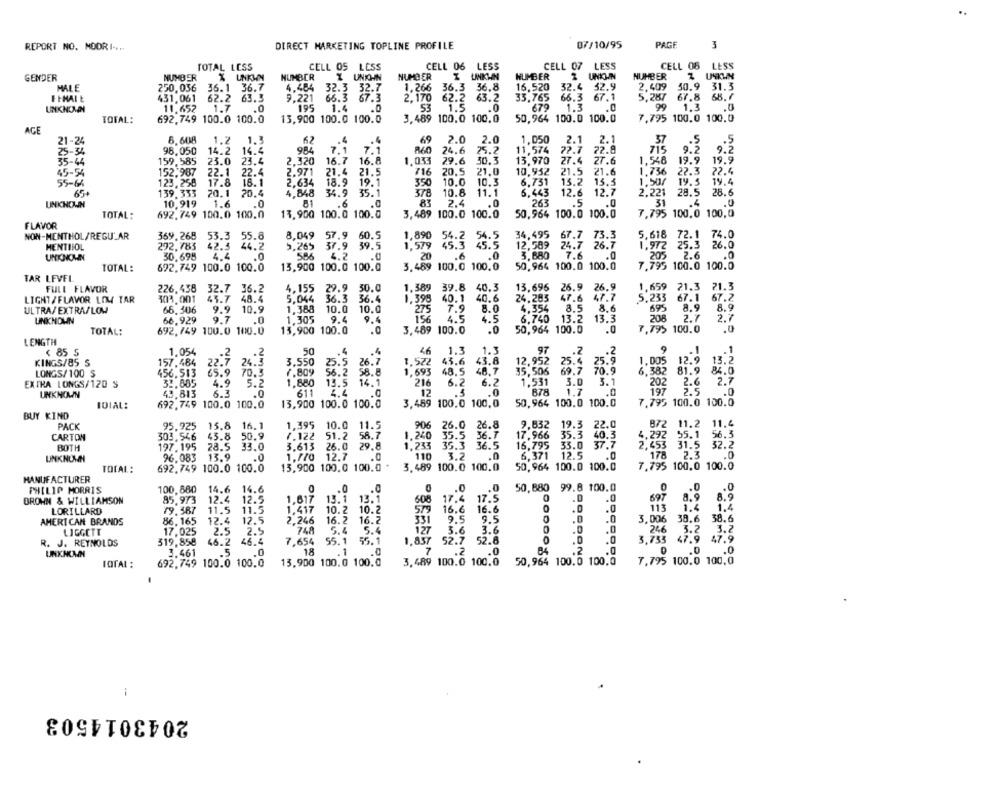
REPORT NO. MODRI+++
DIRECT MARKETING TOPLINE PROFILE
07/10/95
PAGE
3
TOTAL LESS
CELL 05 LESS
CELL 06 LESS
CELL 07 LESS
CELL 08 LESS
GENDER
NUMBER
X UNKWN
NUMBER
X UNION
NUMBER
I UNKHN
HUMBER
UNKIN
NUMBER
MALE
250,036
36.1 36.7
4.484
32.3 32.7
1.266 36.3 36.8
16.520
32.4 32.9
2,409 50.9 31.3
66.3 67.1
5.287 67.8
68.7
EIMAIL
431,061
62.2 63.3
9.221
66.3
67.3
2,170 62.2 63.2
33.765
UNKNOWN
11.652
1.7
.0
195
1.4
53
1.5
.0
679
1.3
.0
1.3
TOTAL:
692,749 100.0 100.0
13,900 100.0 100.0
3,489 100.0 100.0
50,964 100.0 100.0
7,795 100,0 100,0
AGE
21-24
8.608
1.2
1.3
62
69
2.0
2.0
1.050
2.1
2.1
98.050
14.2 14.4
984
7.1
860 24.6
25.2
11,574
72.7
72.8
715
9.2
25-34
5-44
159,585
23.0 23.4
2.320
16.7
16.8
1.033 29.6
30.3
13.970
27.4
27.6
1,546
19.9
19.9
5-54
152.987
22.1
22.4
2.971
21.4
21.5
716
20.5
21.0
10,952
21.5
21.6
1.736
22.3 22.4
55-64
123,258
17.8
16.1
2,634
18.9
19.1
350
10.0
10.3
6,731
15.2
15.5
1.50/
19.5
19.4
139.333
70.1
20.4
4.848
34.9
35.1
378
10.8
11.1
6,443
12.6
12.7
2,221 28.5 28.6
SWER
UNKNOWN
10.919
1.6
1.0
81
.. 6
83
2.4
.0
263
.5
.0
31
.4
.0
TOTAL:
692.749 100.0 100.0
13,900 100.0 100.0
3,489 100.0 100.0
50,964 100.0 100.0
7,795 100,0 100,0
FLAVOR
NON-MENTHOL/REGULAR
369.268
53.3 55.8
8,049
57.9 60.5
1,890 54.2 54.5
34,495 67.7 73.3
5,618 72.1 74.0
MENTIIOL
292.783
42.5
44.2
5.265
37.9
39.5
1,579 45.3 45.5
12,589
24.7
26.7
1.972 25.3
7.6
UNKNOWN
30.695
4.4
4.2
.0
20
.6
.0
3,680
1.0
2.6
.0
TOTAL:
692,749 100.0 100.0
13,900 100.0 100.0
3,489 100.0 100.0
50,964 100.0 100.0
7.795 100.0 100.0
TAR LEVEL
FULL FLAVOR
226.438 32.7 36.2
4,155 29.9 30.0
1.389 39.8 40.3
13,696 26.9
26.9
1,659 21.3 21.3
LIGHT / FLAVOR LOW TAR
303.001
43.7 48.4
5,044 36.3
36.4
1.398
40.1 40.6
24.283
47.6
47.7
5,233
67.1
67.2
66.306
9.9 10.9
1,388
10.0
10.0
275
7.9
8.0
4.354
8.5 8.6
695
8.9
8.9
ULTRA/EXTRA/LOM
13.2
208
UNKNOWN
66.929
9.7
.0
1.305 9.4
9.4
156
4.5
4.5
6.740
13.3
2.7
2.7
TOTAL:
692.749 100.0 100.0
13,900 100.0
.0
3,489 100.0
.0
50,964 100.0
7,795 100.0
.0
LENGTH
9
.1
< 85 5
1.054
.2
.2
50
.4
.4
46 1.3
1.3
97
.. 2
.. 2
.1
KINGS/85 S
157.484
22.7 24.3
3.550
25.5 26.7
1.522
43.6
43.8
12,952
25.4 25.9
1, 005
12.9
13.2
LONGS/100 S
456.513
65.9 70.3
7.809
56.2 58.8
1,693
48.5
48.7
35,506
69.7 70.9
6.382
81.9
84.0
216
1.531
$5.0
3.1
2.6
2.7
EXTRA LONGS/120 S
32,805
4.9
5.2
1,880
13.5 14.1
6.2
6.2
202
UNKNOWN
43.813
6.3
.0
611
1.4
12
.5
.0
678
1.7
.0
197
2.5
.0
IDIAL:
692.749 100.0 100.0
13,900 100.0 100.0
3,489 100.0 100,0
50.964 100.0 100.0
7.795 100.0 100.0
BUY KIND
PACK
95.925
15.8 16.1
1,395 10.0 11.5
906 26.0 26.8
9,532 19.3 22.0
872 11.2 11.4
CARTON
303,546
45.8 50.9
7.122 51.2 58.7
1.240
35.5
36.7
17.966
35.3 40.3
4,292 55.1 56.3
35.3
36.5
16,795
33.0 37.7
2,453 31.5
32.2
BOTH
197.195
28.5
33.0
3.613
26.0
29.8
1.233
LINKNUN
96.083 13.9
1.0
1,770 12.7
110
3.2
.0
6,371
12.5
.0
178
2.3
692.749 100.0 100.0
13,900 100.0 100.0 *
3,489 100.0 100.0
50,964 100.0 100.0
7,795 100,0 100.0
TOTAL:
MANUFACTURER
PHILIP MORRIS
100,880
14.6
14.6
.0
.0
_. 0
50,880 99.8 100.0
.. 0
.0
.0
12.4 12.5
13.1
13.1
608
17.4 17.5
0
.D
697
8.9
8.9
DROHN & WILLIAMSON
85.973
1,617
579
.0
113
1.4
1.4
LORILLARD
79.587
11.5
11.5
1,417
10.2 10.2
16.6 16.6
.0
AMERICAN BRANDS
86.165
12.4
12.5
2.246
16.2
16.2
331
9.5
9.5
.0
.0
3,006
38.6
38.6
LIGGETT
17,025
2.5
2.5
748
5.4
5.4
127
3.6
3.6
.0
246
3.2
3.2
52.7
3.755
47.9
47.9
R. J. REYNOLDS
319,858
46.2
46.4
7,654
55.1
55.1
1.857
52.6
DDOS
.D
.0
UNKNOWN
3.461
.5
18
1
.0
7
.2
.0
84
.0
.0
692.749 100.0 100.0
13,900 100.0 100.0
3,489 100.0 100.0
50,964 100.0 100.0
7,795 100.0 100.0
TOTAL :
--
2043014503